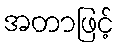
အတာဖြင့်